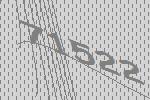
71522